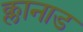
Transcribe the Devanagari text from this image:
क्लानाड